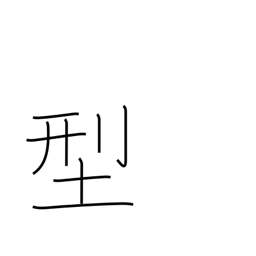
Meaning: type